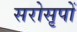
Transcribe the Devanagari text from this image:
सरोसृपों